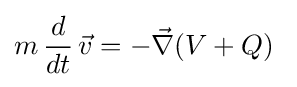
m\,{\frac {d}{dt}}\,{\vec {v}}=-{\vec {\nabla }}(V+Q)~